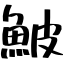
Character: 鮍